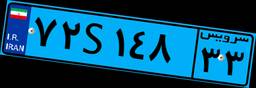
۷۲S۱۴۸۳۳